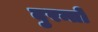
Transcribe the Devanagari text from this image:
दुरन्तो